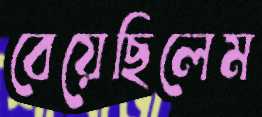
বেয়েছিলেম